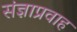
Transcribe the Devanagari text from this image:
संज्ञाप्रवाह